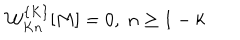
LaTeX: { \cal W } _ { K n } ^ { \{ K \} } [ M ] = 0 , \; n \geq 1 - k